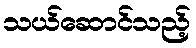
သယ်ဆောင်သည့်